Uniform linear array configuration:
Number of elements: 8
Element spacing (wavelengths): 0.75
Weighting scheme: blackman
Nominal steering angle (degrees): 30
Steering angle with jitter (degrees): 30.531
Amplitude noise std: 0.05
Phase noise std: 0.05

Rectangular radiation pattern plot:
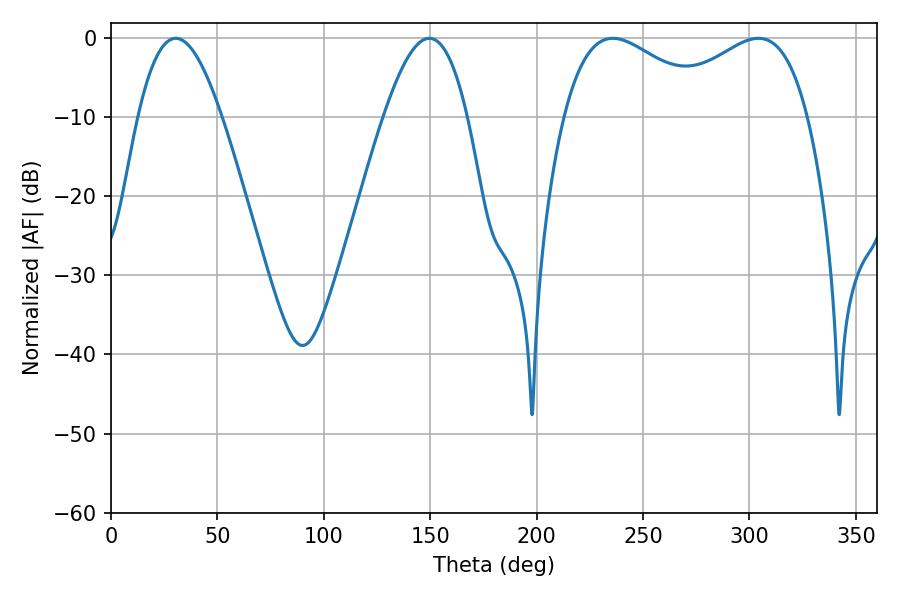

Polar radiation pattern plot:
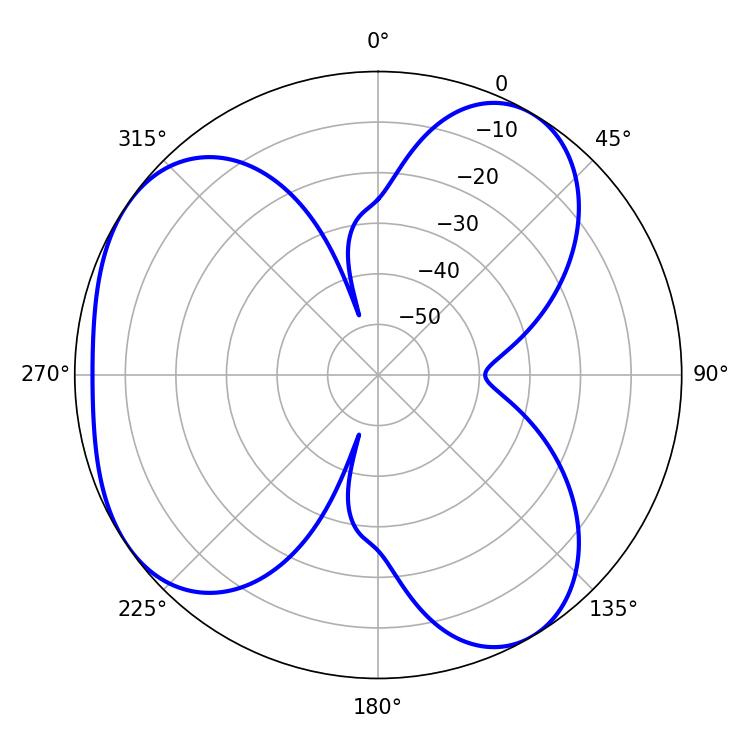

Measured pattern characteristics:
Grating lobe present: TRUE
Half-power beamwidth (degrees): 21.42
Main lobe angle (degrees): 30.42